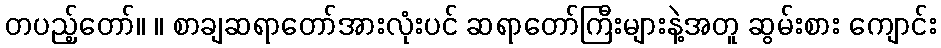
တပည့်တော်။ ။ စာချဆရာတော်အားလုံးပင် ဆရာတော်ကြီးများနဲ့အတူ ဆွမ်းစား ကျောင်း